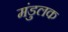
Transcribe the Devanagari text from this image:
मंडुलक